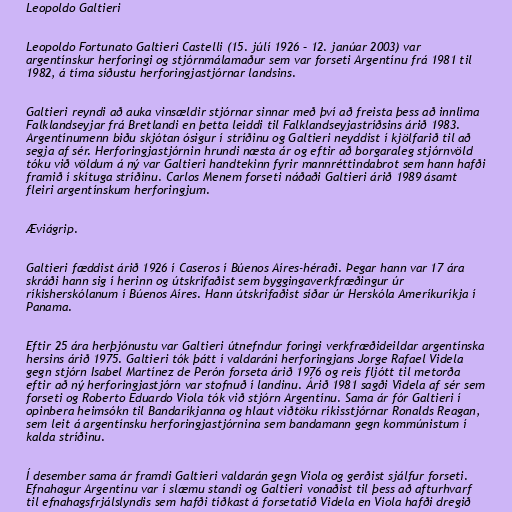
Leopoldo Galtieri

Leopoldo Fortunato Galtieri Castelli (15. júlí 1926 – 12. janúar 2003) var
argentínskur herforingi og stjórnmálamaður sem var forseti Argentínu frá 1981 til
1982, á tíma síðustu herforingjastjórnar landsins.

Galtieri reyndi að auka vinsældir stjórnar sinnar með því að freista þess að innlima
Falklandseyjar frá Bretlandi en þetta leiddi til Falklandseyjastríðsins árið 1983.
Argentínumenn biðu skjótan ósigur í stríðinu og Galtieri neyddist í kjölfarið til að
segja af sér. Herforingjastjórnin hrundi næsta ár og eftir að borgaraleg stjórnvöld
tóku við völdum á ný var Galtieri handtekinn fyrir mannréttindabrot sem hann hafði
framið í skítuga stríðinu. Carlos Menem forseti náðaði Galtieri árið 1989 ásamt
fleiri argentínskum herforingjum.

Æviágrip.

Galtieri fæddist árið 1926 í Caseros í Búenos Aíres-héraði. Þegar hann var 17 ára
skráði hann sig í herinn og útskrifaðist sem byggingaverkfræðingur úr
ríkisherskólanum í Búenos Aíres. Hann útskrifaðist síðar úr Herskóla Ameríkuríkja í
Panama.

Eftir 25 ára herþjónustu var Galtieri útnefndur foringi verkfræðideildar argentínska
hersins árið 1975. Galtieri tók þátt í valdaráni herforingjans Jorge Rafael Videla
gegn stjórn Isabel Martínez de Perón forseta árið 1976 og reis fljótt til metorða
eftir að ný herforingjastjórn var stofnuð í landinu. Árið 1981 sagði Videla af sér sem
forseti og Roberto Eduardo Viola tók við stjórn Argentínu. Sama ár fór Galtieri í
opinbera heimsókn til Bandaríkjanna og hlaut viðtöku ríkisstjórnar Ronalds Reagan,
sem leit á argentínsku herforingjastjórnina sem bandamann gegn kommúnistum í
kalda stríðinu.

Í desember sama ár framdi Galtieri valdarán gegn Viola og gerðist sjálfur forseti.
Efnahagur Argentínu var í slæmu standi og Galtieri vonaðist til þess að afturhvarf
til efnahagsfrjálslyndis sem hafði tíðkast á forsetatíð Videla en Viola hafði dregið